Lunatic asylums Madras 1892-1911 - 1892-1911
Year: 1892
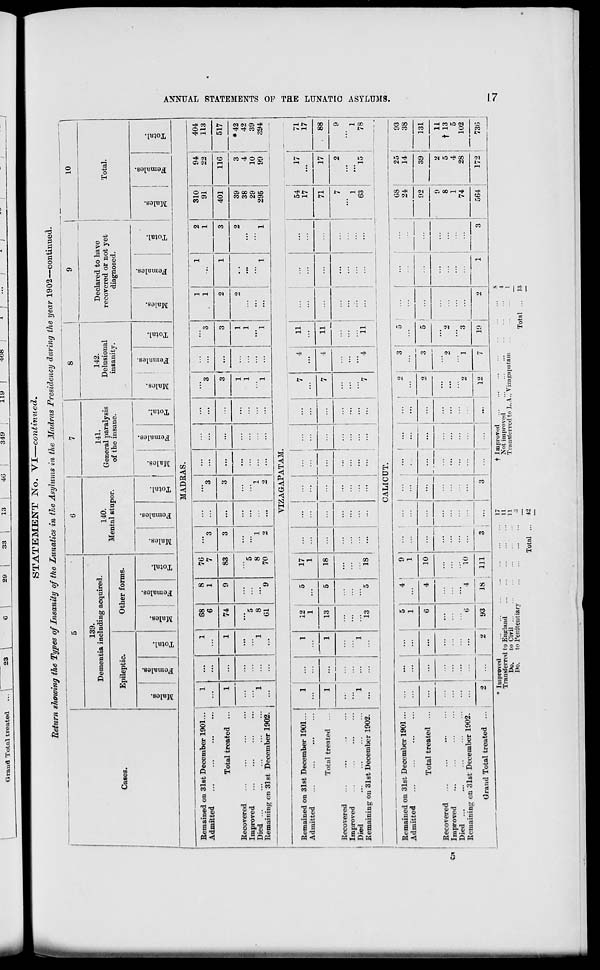
Gravid Total tveated -1 » 1
29
33
13
40
349
119
408
STATEMENT No. VI—continued.
Return showing the Types of Insanity of the Lunatics in the Asylums in the Madras Presidency daring the year 1902—continued.
8
i
9
Cases.
139.
Dementia including acquired.
Epileptic.
CO
o
"3
CO
c
£
o
o
Other forms.
x
O
£
o
o
H
140.
Mental stupor.
co
o
"3
■J.
o
■3
g
o
o
141.
General paralysis
of the insane.
o
"3
CO
o
3
£
O
10
142.
Delusional
insanity.
CO
o
3
1=3
XT.
09
o
Declared to have
recovered or not yet
diagnosed.
Total.
DO
O
3
CO
ai
a
es
V
0
fe-
H
tr.
o
c3
CO
o
3
e
fe
o
MADE AS.
Remained on 31st December 1901...
Admitted
Total treated ...
Eecovered
Improved
Died
Remaining on 31st December 1902.
1
! -
...
1
88
6
8
1
1
...
1
74
9
...
...
"5
...
!-(
...
1
8
Gl
"9
76
7
83
5
8
70
1
1
2
310
3
...
...
...
3
...
3
1
1
91
...
3
...
...
...
3
...
3
2
1
3
401
1
1
2
2
39
...
i
...
...
...
1
...
1
...
...
38
29
2
...
...
...
1
1
...
1
1
295
94
22
404
113
116
517
3
*42
4
42
10
39
99
394
VIZAGAPATAM.
Remained on 31st December 1901...
Admitted
Total treated ...
Recovered
Improved
Died
Remaining on 31st December 1902.
12
1
13
13
17
1
18
18
1
•••
1
...
i
...
...
...
7
4
11
7
4
11
...
:::
...
:::
...
\
:::
7
"4
11
54
17
17
...
71
17
7
2
1
...
...
63
15 :
1
71
17
88
9
1
78
CALICUT.
Remained on 31st December 1901 ...
Admitted
Total treated ...
Eecovered
C; '
Improved
Died
Remaining on 31st December 1902.
Grand Total treated ... ,
...
5
1
6
...
...
...
...
...
0
3
...
2
93
9
1
10
10
18
111
Improved
Transferred to England
Do.
to Civil ...
Do.
to Penitentiary
12
2
3
19
f
...
08
25
1
24
14
92
39
9
2 j
8
5 1
1
4
74
28
1
3
564
172 :
93
38
131
11
t 13
5
102
736
Total
17
11
11
42
t Improved
Not improved
Transferred to L.A., Vizagapatam
Total
s
\
1
13
>
>
1-3
CO
t-3
m
c-3
CO
CO